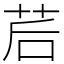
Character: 茩